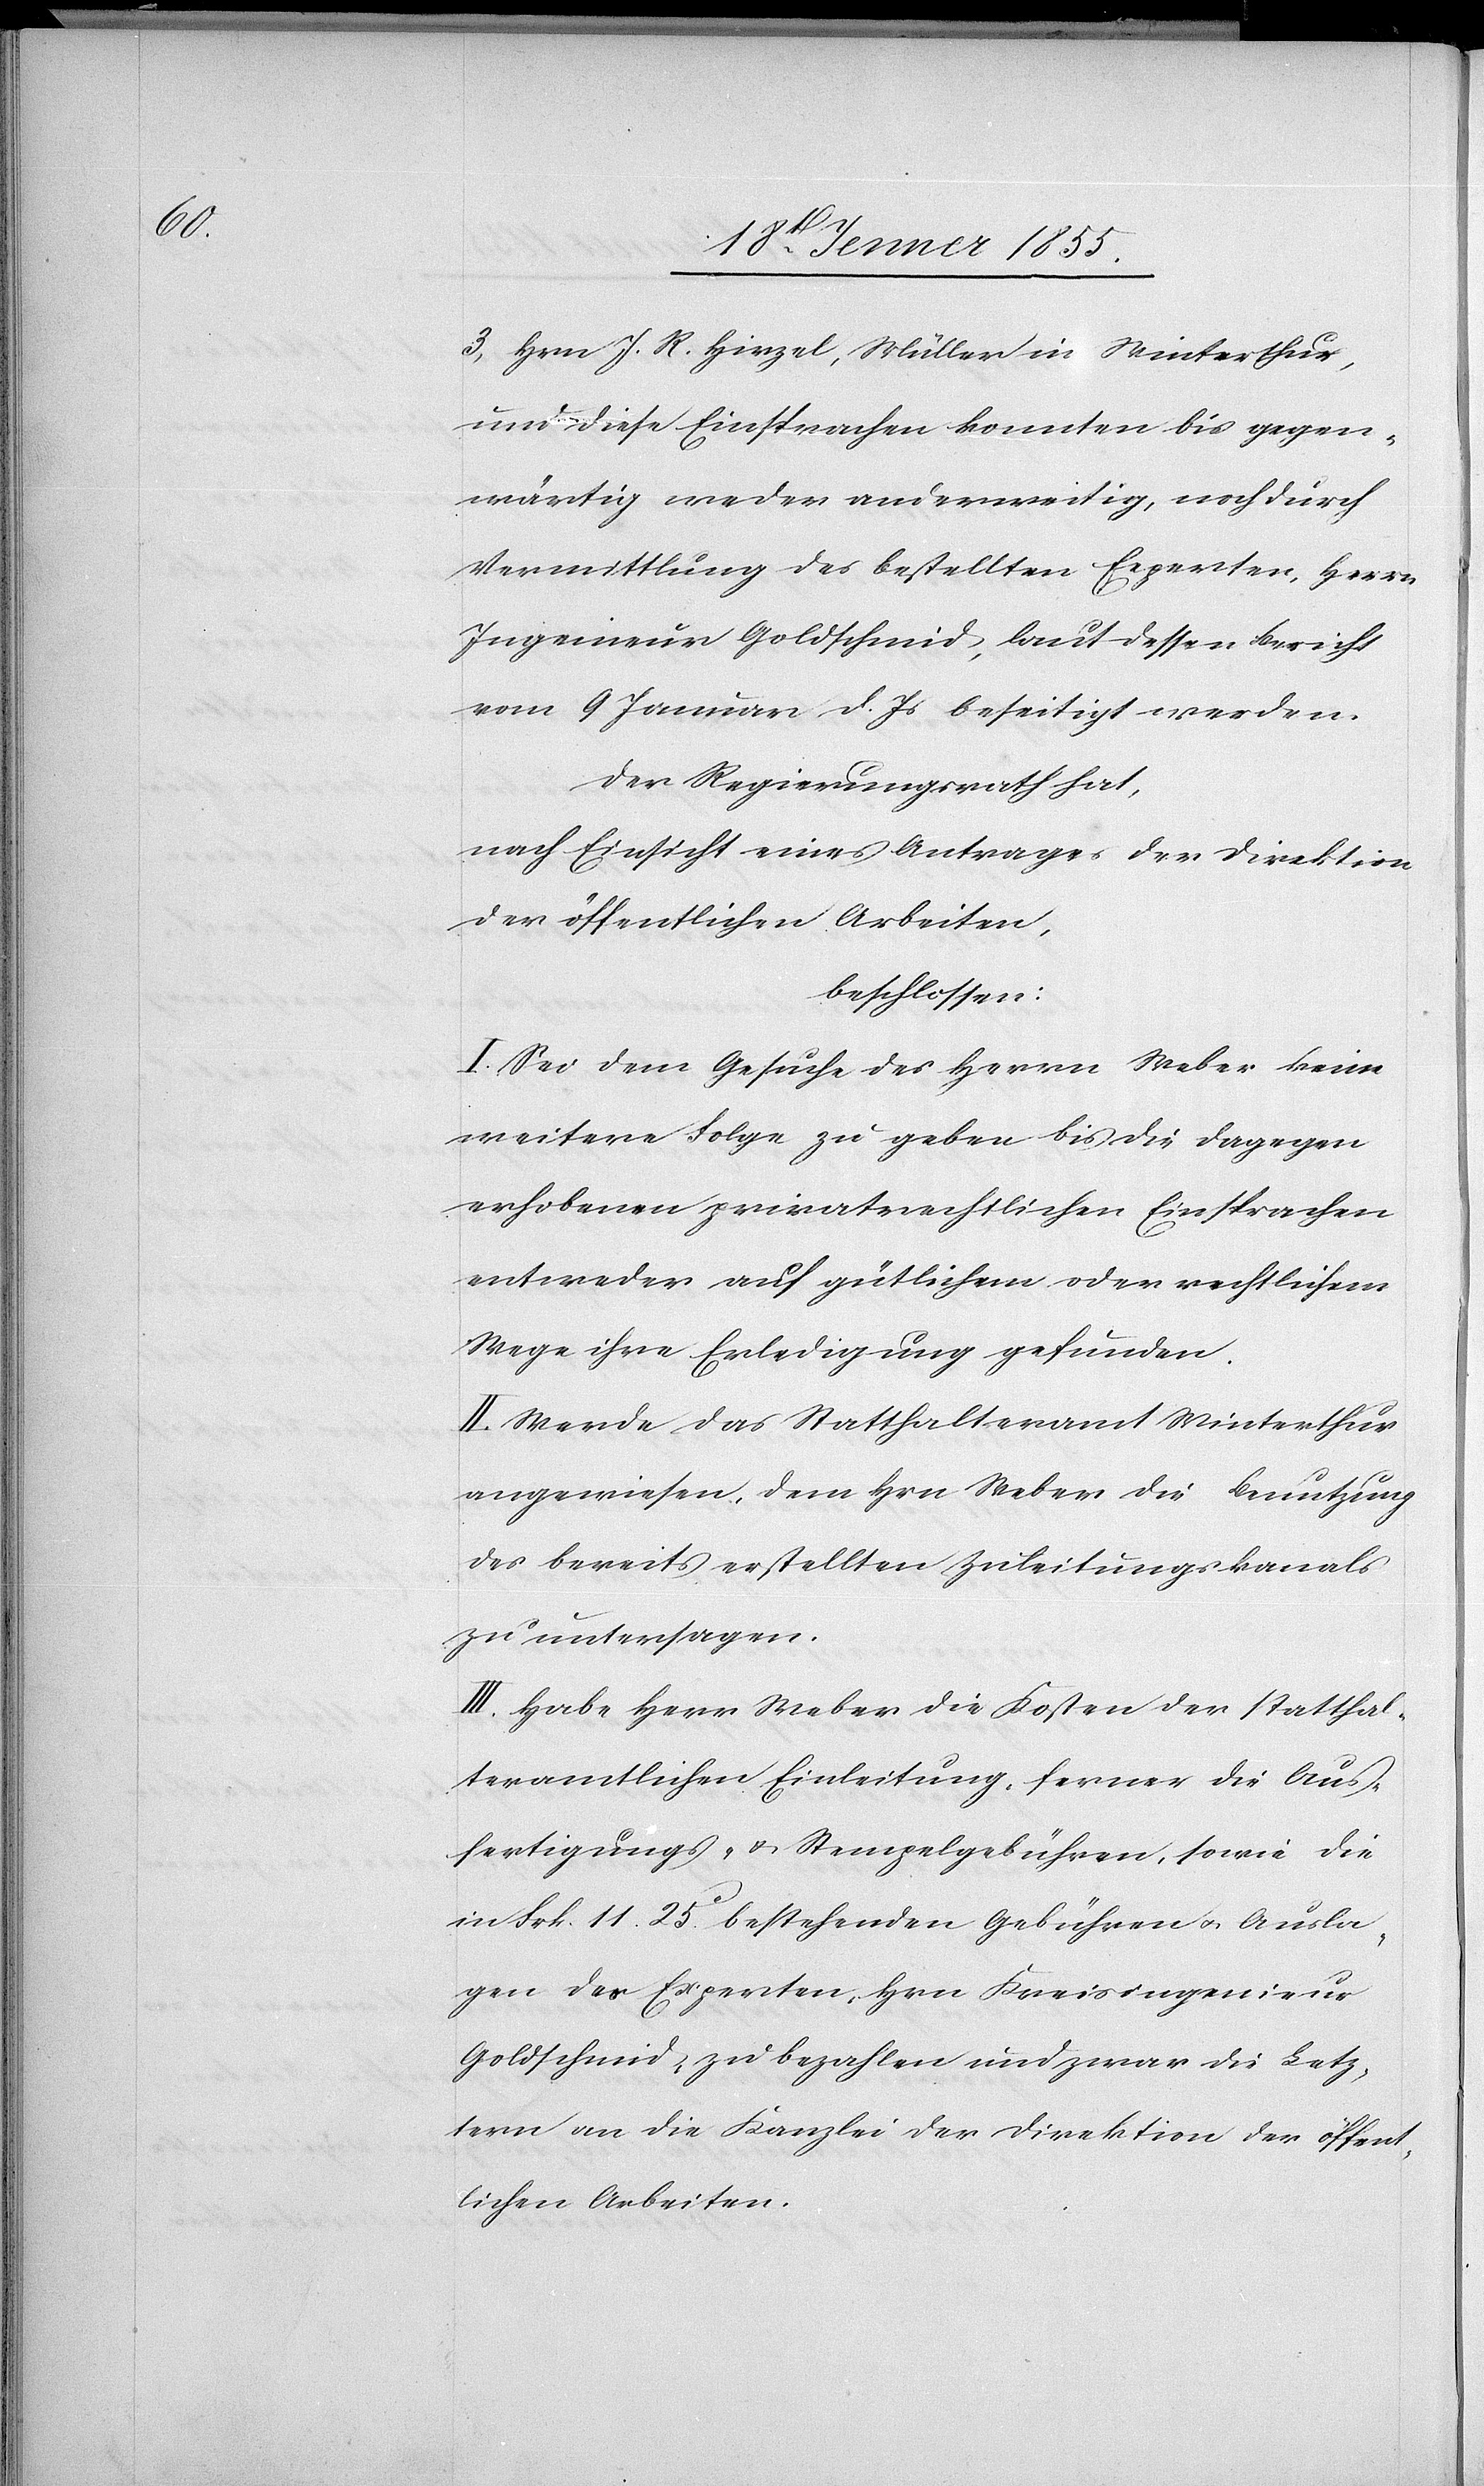
Hrn J. R. Hirzel, Müller in Winterthur,
und diese Einsprachen konnten bis gegen¬
wärtig weder anderweitig, noch durch
Vermittlung des bestellten Experten, Herrn
Ingenieur Goldschmid, laut dessen Bericht
vom 9 Januar d. Js beseitigt werden.
Der Regierungsrath hat,
nach Einsicht eines Antrages der Direktion
der öffentlichen Arbeiten,
beschlossen:
I. Sei dem Gesuche des Herrn Weber keine
weitere Folge zu geben bis die dagegen
erhobenen privatrechtlichen Einsprachen
entweder auf gütlichem oder rechtlichem
Wege ihre Erledigung gefunden.
II. Werde das Statthalteramt Winterthur
angewiesen, dem Hrn Weber die Benutzung
des bereits erstellten Zuleitungskanals
zu untersagen.
III. Habe Herr Weber die Kosten der statthal¬
teramtlichen Einleitung, ferner die Aus¬
fertigungs- & Stempelgebühren, sowie die
in Frk. 11. 25C. bestehenden Gebühren & Ausla¬
gen des Experten, Hrn Kreisingenieur
Goldschmid, zu bezahlen und zwar die Letz¬
tern an die Kanzlei der Direktion der öffent¬
lichen Arbeiten.